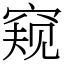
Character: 窥